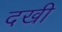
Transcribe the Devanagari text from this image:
दखी